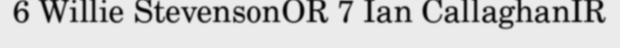
6 Willie StevensonOR 7 Ian CallaghanIR